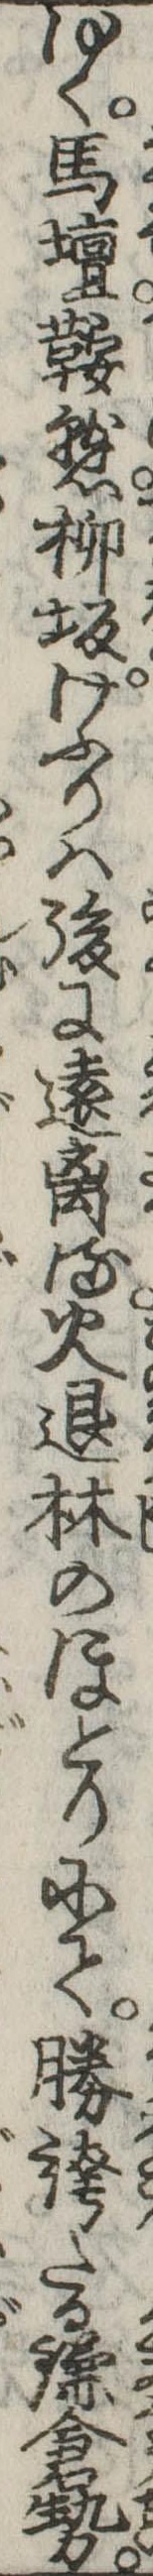
ゆく馬壇鞍懸柳坂けふりは後に遠离る火退林のほとりにて勝誇たる鎌倉勢